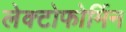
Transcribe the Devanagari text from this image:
लेक्टोफोर्मिन